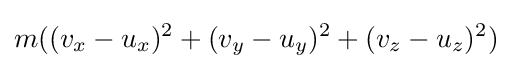
m((v_{x}-u_{x})^{2}+(v_{y}-u_{y})^{2}+(v_{z}-u_{z})^{2})